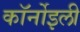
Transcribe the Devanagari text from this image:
कॉर्नोइली